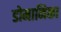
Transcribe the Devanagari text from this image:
डोमानिका